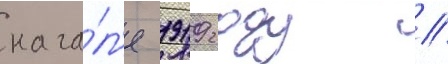
нача́л'е 1919 году //